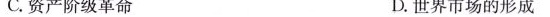
C.资产阶级革命 D.世界市场的形成